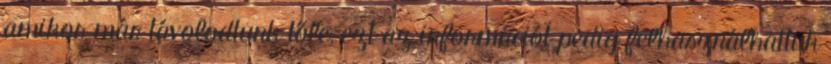
amikor már távolodtunk tőle, ezt az információt pedig felhasználhattuk